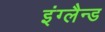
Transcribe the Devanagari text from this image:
इंग्लैन्ड